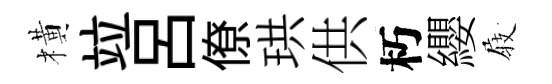
橫竝呂僚珙供朽纓𡲆